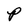
Character: P